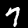
Label: 7